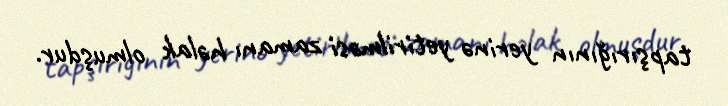
tapşırığının yerinə yetirilməsi zamanı həlak olmuşdur.